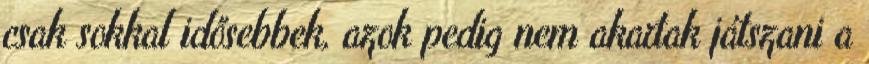
csak sokkal idősebbek, azok pedig nem akartak játszani a